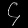
Digit: ၄